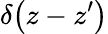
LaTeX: \delta\! \left(z-z^{\prime}\right)